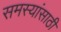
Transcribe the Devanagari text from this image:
समस्यांसाठी